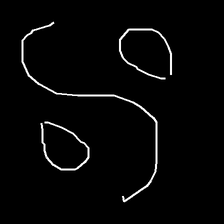
Glyph: water